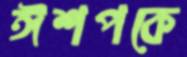
ঈশপকে